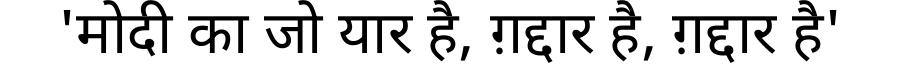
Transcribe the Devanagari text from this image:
'मोदी का जो यार है, ग़द्दार है, ग़द्दार है'